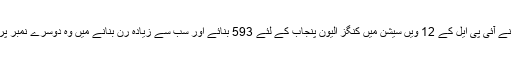
" راہل نے آئی پی ایل کے 12 ویں سیشن میں کنگز الیون پنجاب کے لئے 593 بنائے اور سب سے زیادہ رن بنانے میں وہ دوسرے نمبر پر رہے۔